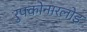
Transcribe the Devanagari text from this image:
रुपकोनारलोइ